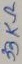
Text: 33KΩ